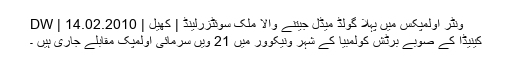
ونٹر اولمپکس میں پہلا گولڈ میڈل جیتنے والا ملک سوئٹزرلینڈ | کھیل | DW | 14.02.2010
کینیڈا کے صوبے برٹش کولمبیا کے شہر ونیکوور میں 21 ویں سرمائی اولمپک مقابلے جاری ہیں ۔